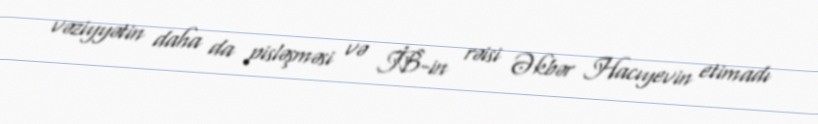
vəziyyətin daha da pisləşməsi və İB-in rəisi Əkbər Hacıyevin etimadı